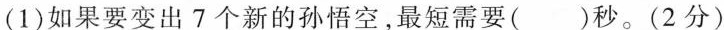
(1)如果要变出7个新的孙悟空，最短需要( )秒。(2分)